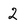
Character: 2